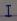
I